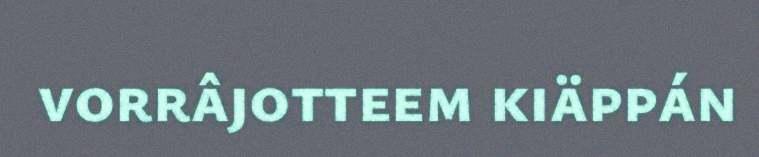
vorrâjotteem kiäppán